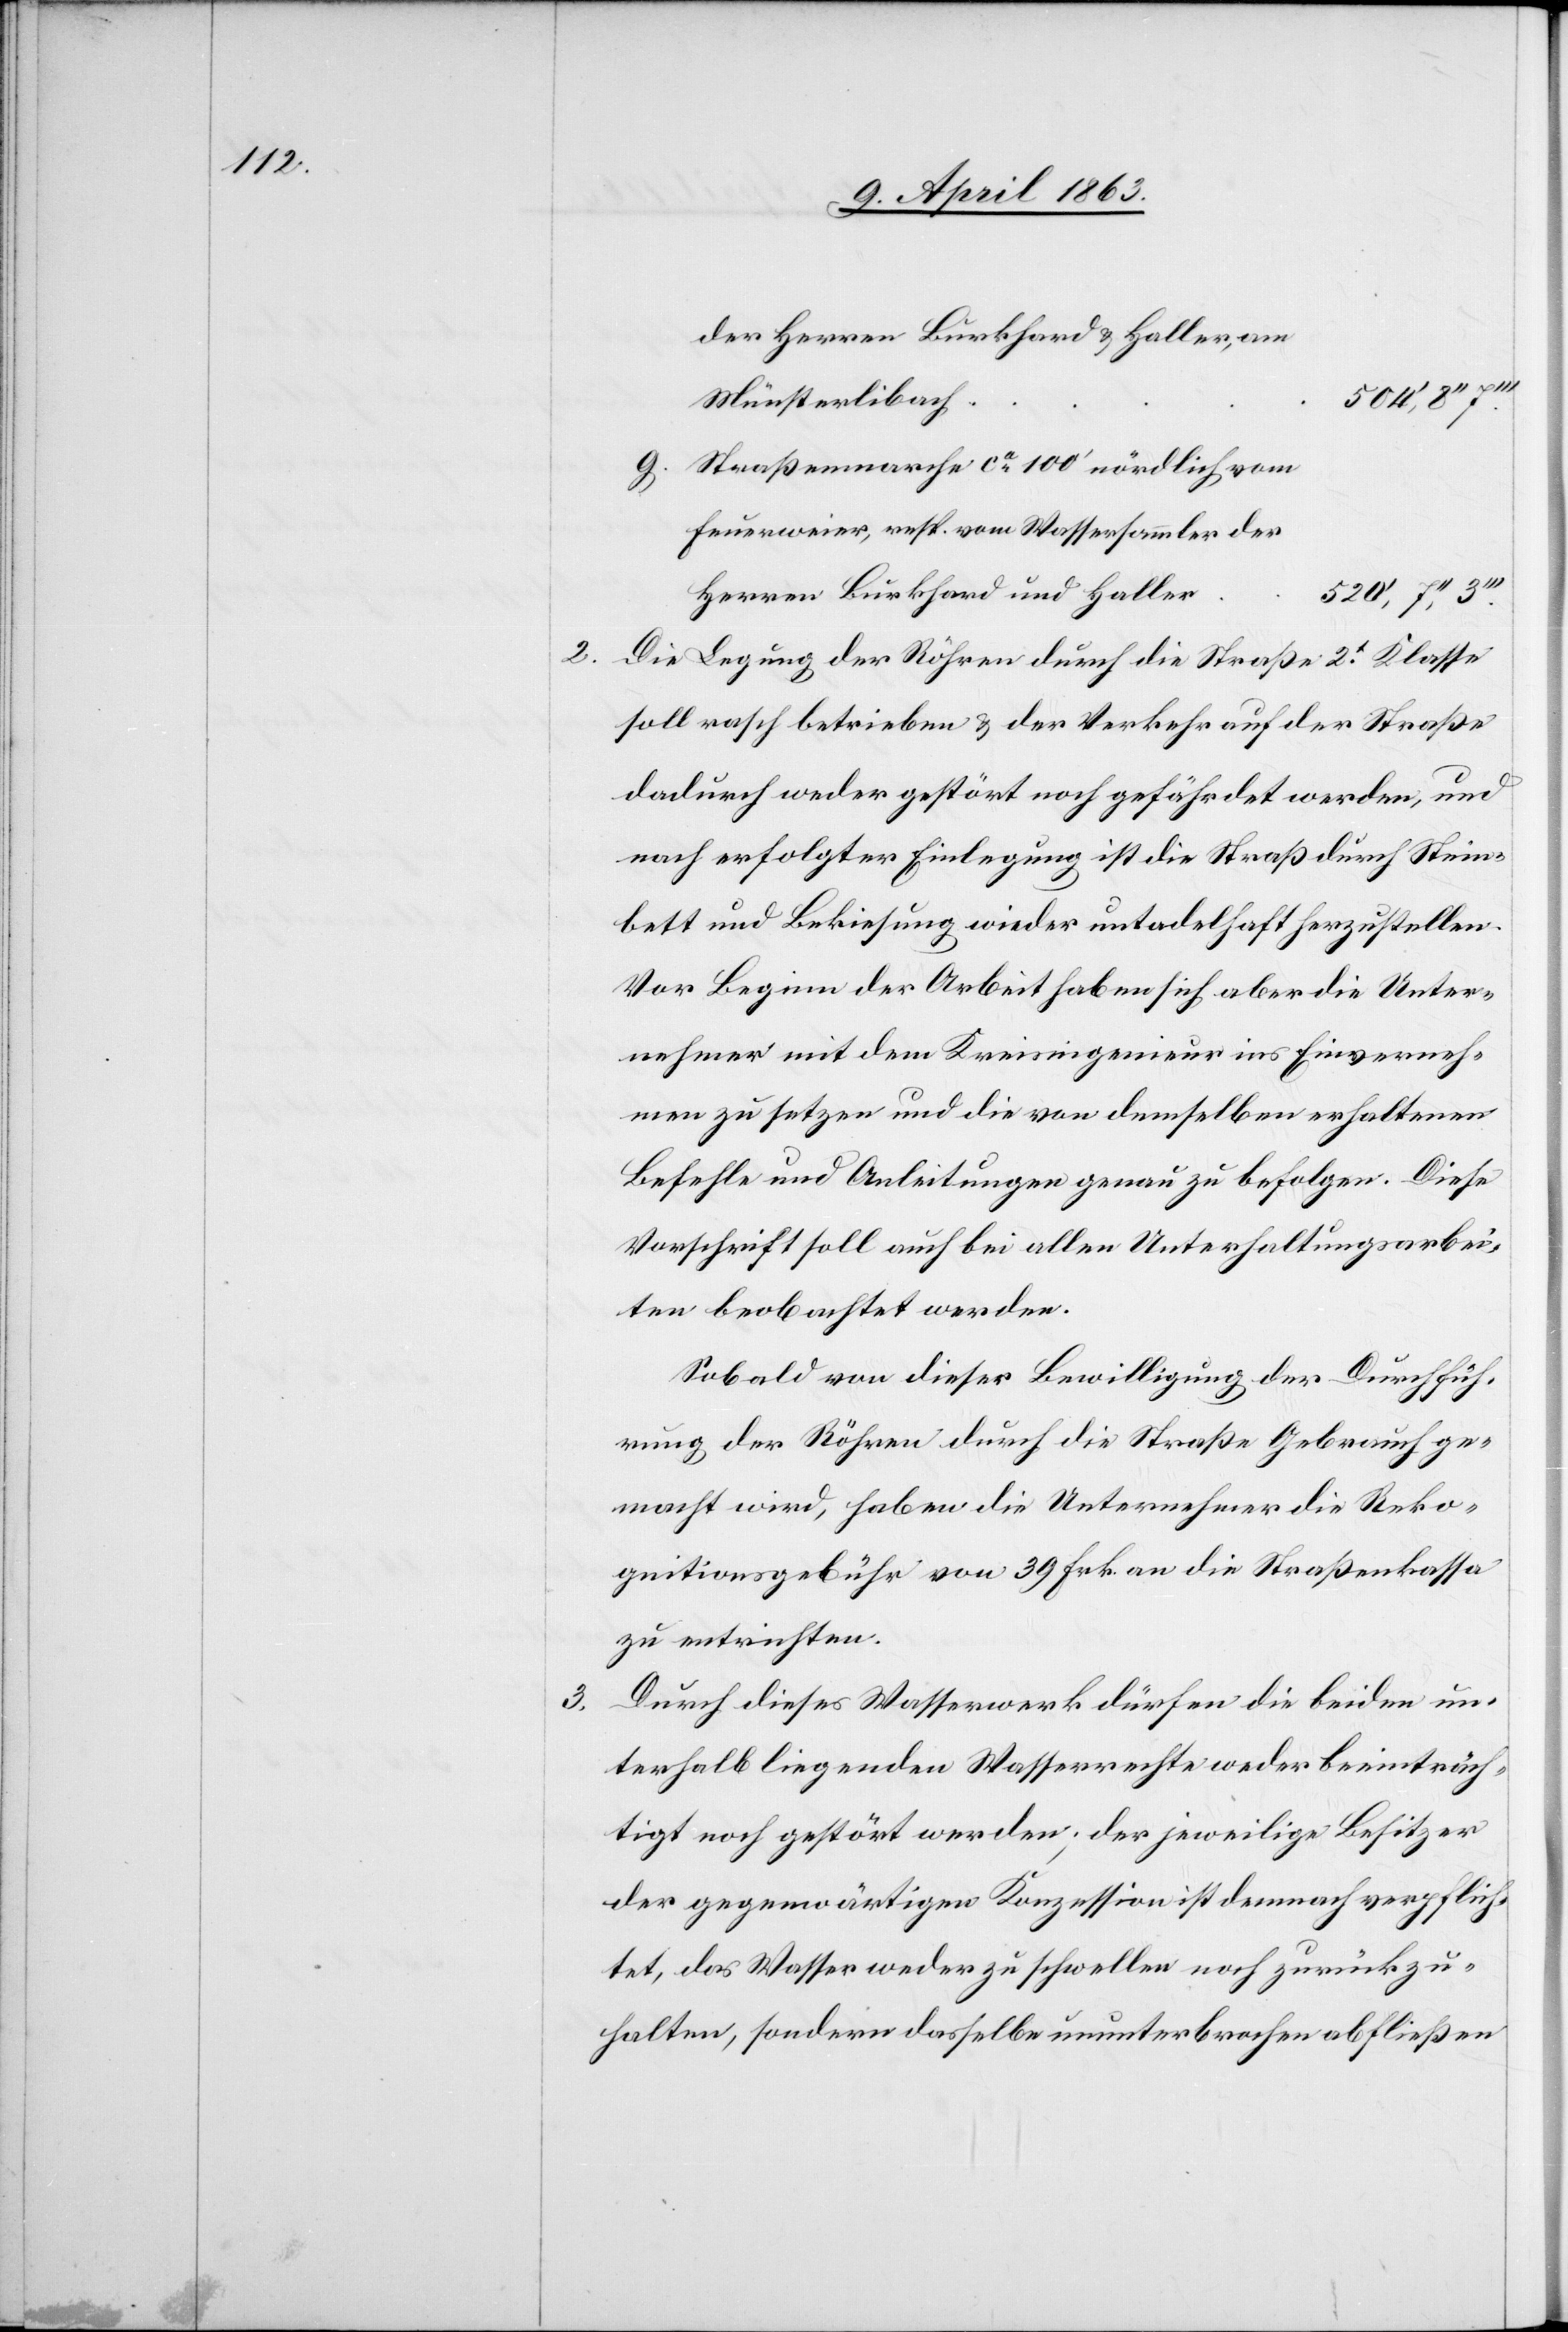
3.

der Herren Burkhard & Haller, am
Münsterlibach
2.
Straßenmarche ca 100' nördlich vom
Feuerweier, resp. vom Wassersammler der
Herren Burkhard und Haller
Die Legung der Röhren durch die Straße 2t Klasse
soll rasch betrieben & der Verkehr auf der Straße
dadurch weder gestört noch gefährdet werden, und
nach erfolgter Einlegung ist die Straß[e] durch Stein¬
bett und Bekiesung wieder untadelhaft herzustellen.
Vor Beginn der Arbeit haben sich aber die Unter¬
nehmer mit dem Kreisingenieur ins Einverneh¬
men zu setzen und die von demselben erhaltenen
Befehle und Anleitungen genau zu befolgen. Diese
Vorschrift soll auch bei allen Unterhaltungsarbei¬
ten beobachtet werden.
Sobald von dieser Bewilligung der Durchfüh¬
rung der Röhren durch die Straße Gebrauch ge¬
macht wird, haben die Unternehmer die Reko¬
gnitionsgebühr von 39 Frk. an die Straßenkassa
zu entrichten.
Durch dieses Wasserwerk dürfen die beiden un¬
terhalb liegenden Wasserrechte weder beeinträch¬
tigt noch gestört werden; der jeweilige Besitzer
der gegenwärtigen Konzession ist demnach verpflich¬
tet, das Wasser weder zu schwellen noch zurückzu¬
halten, sondern dasselbe ununterbrochen abfließen